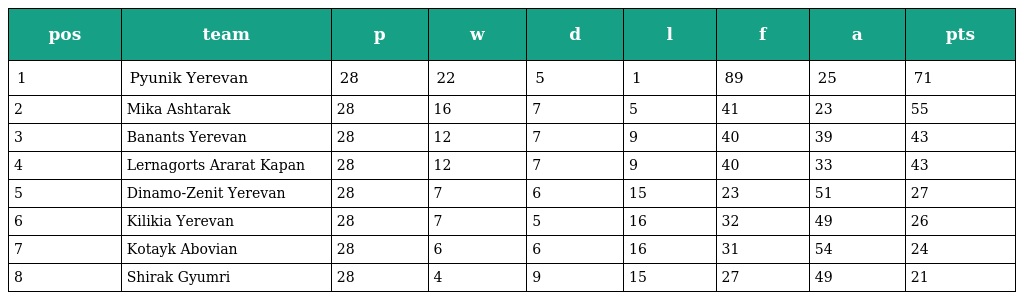
| pos | team | p | w | d | l | f | a | pts |
 | --- | --- | --- | --- | --- | --- | --- | --- | --- |
 | 1 | Pyunik Yerevan | 28 | 22 | 5 | 1 | 89 | 25 | 71 |
 | 2 | Mika Ashtarak | 28 | 16 | 7 | 5 | 41 | 23 | 55 |
 | 3 | Banants Yerevan | 28 | 12 | 7 | 9 | 40 | 39 | 43 |
 | 4 | Lernagorts Ararat Kapan | 28 | 12 | 7 | 9 | 40 | 33 | 43 |
 | 5 | Dinamo-Zenit Yerevan | 28 | 7 | 6 | 15 | 23 | 51 | 27 |
 | 6 | Kilikia Yerevan | 28 | 7 | 5 | 16 | 32 | 49 | 26 |
 | 7 | Kotayk Abovian | 28 | 6 | 6 | 16 | 31 | 54 | 24 |
 | 8 | Shirak Gyumri | 28 | 4 | 9 | 15 | 27 | 49 | 21 |